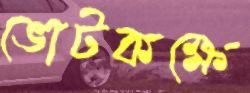
ভোটকক্ষে